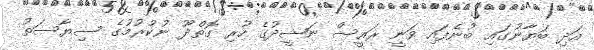
އަދި ބަޔާނުގައި ބުނެފައި ވަނީ ރައީސް ނަޝީދުގެ ހުރި ގޮތްދޫ ނުކުުރުމުގެ ސިޔާސަތު